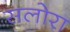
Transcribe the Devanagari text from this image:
सलोरा